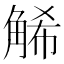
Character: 𧣩